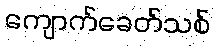
ကျောက်ခေတ်သစ်